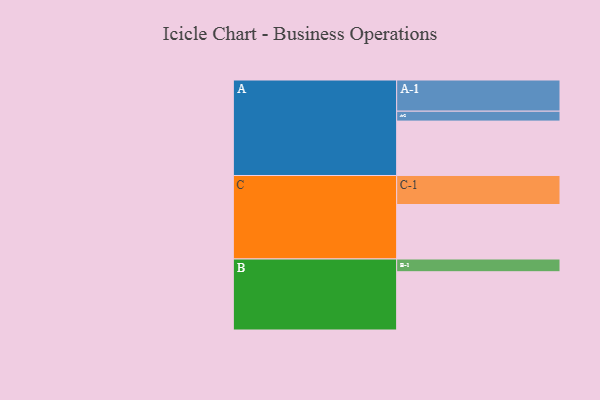
{"axis": {"x": "Segment", "y": "Value"}, "legend": ["", "A", "B", "C"], "data": [{"x": "A", "y": 504, "type": ""}, {"x": "B", "y": 540, "type": ""}, {"x": "C", "y": 505, "type": ""}, {"x": "A-1", "y": 289, "type": "A"}, {"x": "A-2", "y": 92, "type": "A"}, {"x": "B-1", "y": 118, "type": "B"}, {"x": "C-1", "y": 269, "type": "C"}]}